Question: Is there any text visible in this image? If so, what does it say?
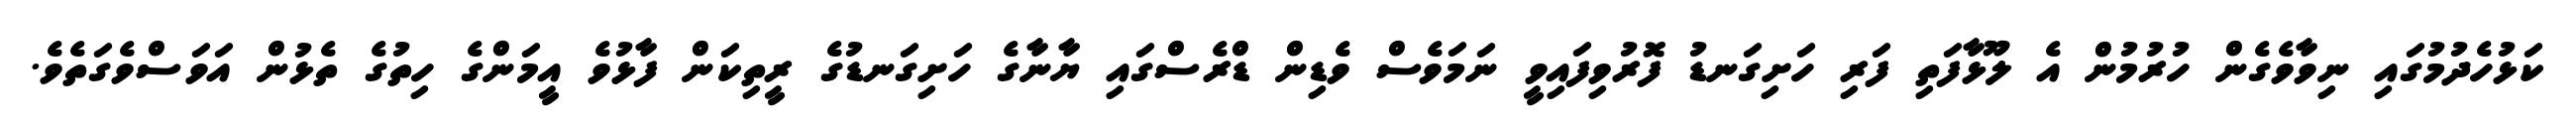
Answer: ކަޅުހެދުމުގައި ނިވާވެގެން ހުރުމުން އެ ލޫޅާފަތި ފަރި ހަށިގަނޑު ފޮރުވިފައިވީ ނަމަވެސް ވެޑިން ޑްރެސްގައި ޔާނާގެ ހަށިގަނޑުގެ ރީތިކަން ފާޅުވެ އީމަންގެ ހިތުގެ ތެޅުން އަވަސްވެގަތެވެ.